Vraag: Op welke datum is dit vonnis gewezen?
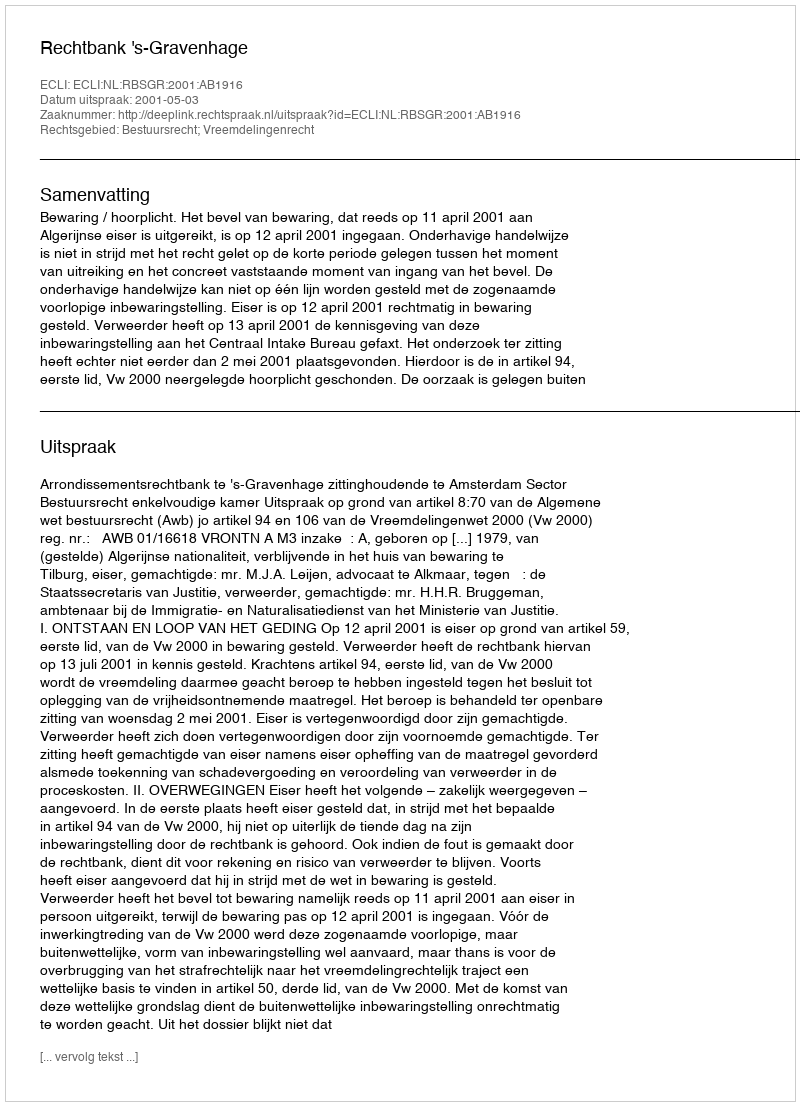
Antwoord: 2001-05-03